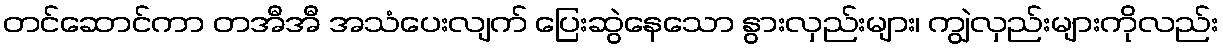
တင်ဆောင်ကာ တအီအီ အသံပေးလျက် ပြေးဆွဲနေသော နွားလှည်းများ၊ ကျွဲလှည်းများကိုလည်း